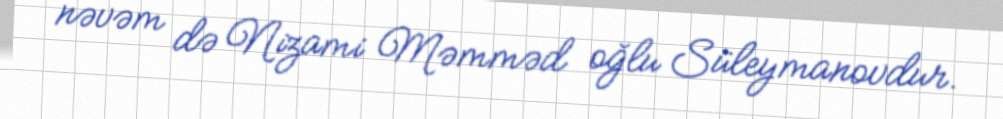
nəvəm də Nizami Məmməd oğlu Süleymanovdur.